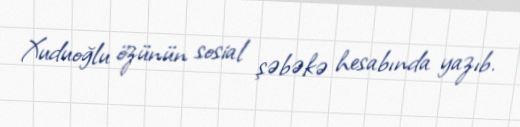
Xuduoğlu özünün sosial şəbəkə hesabında yazıb.